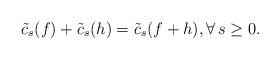
LaTeX: \begin{align*}\tilde{c}_s(f)+\tilde{c}_s(h)=\tilde{c}_s(f+h),\forall\,s\ge0.\end{align*}